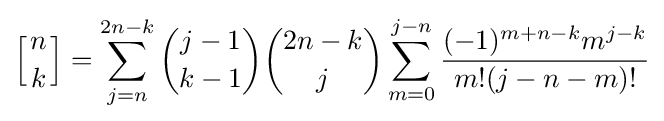
\left[{n \atop k}\right]=\sum _{j=n}^{2n-k}{\binom {j-1}{k-1}}{\binom {2n-k}{j}}\sum _{m=0}^{j-n}{\frac {(-1)^{m+n-k}m^{j-k}}{m!(j-n-m)!}}